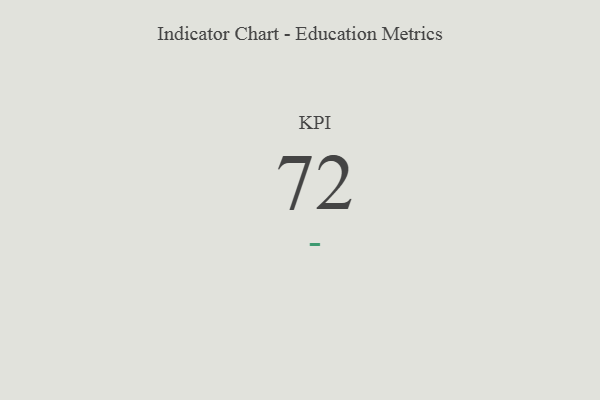
{"axis": {"x": "KPI", "y": "Value"}, "legend": [""], "data": [{"x": "KPI", "y": 72, "type": ""}]}